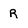
Character: R